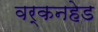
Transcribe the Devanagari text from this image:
वर्कनहेड